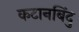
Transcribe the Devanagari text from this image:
कटानबिंदु